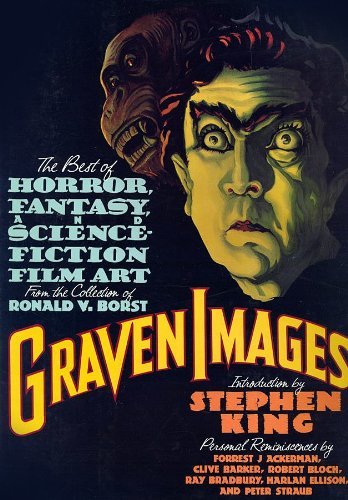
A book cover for Graven Images: The Best of Horror, Fantasy, and Science-Fiction Film Art from the Collection of Ronald V. Borst; Ronald V. Borst; Science Fiction & Fantasy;